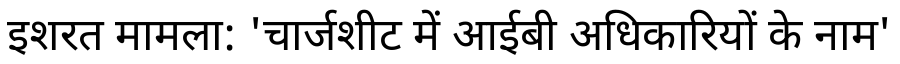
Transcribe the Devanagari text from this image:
इशरत मामला: 'चार्जशीट में आईबी अधिकारियों के नाम'